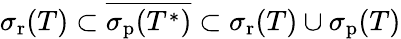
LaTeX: \sigma_{\mathrm{r}}(T)\subset{\overline{{\sigma_{\mathrm{p}}(T^{*})}}}\subset\sigma_{\mathrm{r}}(T)\cup\sigma_{\mathrm{p}}(T)